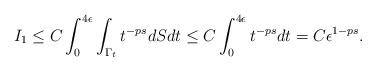
LaTeX: \begin{align*}I_1\leq C\int_0^{4\epsilon}\int_{\Gamma_t} t^{-ps} dS dt \leq C\int_{0}^{4\epsilon} t^{-ps}dt=C\epsilon^{1-ps}.\end{align*}